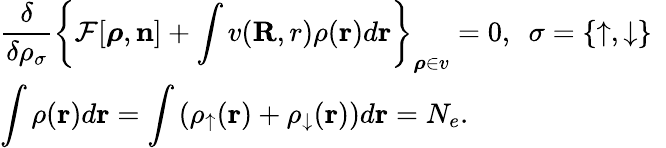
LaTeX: \begin{array}{l}{{\displaystyle\frac{\delta}{\delta\rho_{\sigma}}\left\{ {\cal F}[{\boldsymbol\rho},{\mathbf n}]+\int v({\mathbf R,r})\rho({\mathbf r})d{\mathbf r}\right\} _{{\boldsymbol\rho}\in v}=0,~~\sigma=\{ \uparrow,\downarrow\} }\ ~}\\ {{\displaystyle\int\rho({\mathbf r})d{\mathbf r}=\int\left(\rho_{\uparrow}({\mathbf r})+\rho_{\downarrow}({\mathbf r})\right)d{\mathbf r}=N_{e}}.}\end{array}